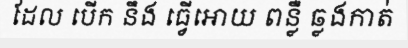
ដែល បើក នឹង ធ្វើអោយ ពន្លឺ ឆ្លងកាត់